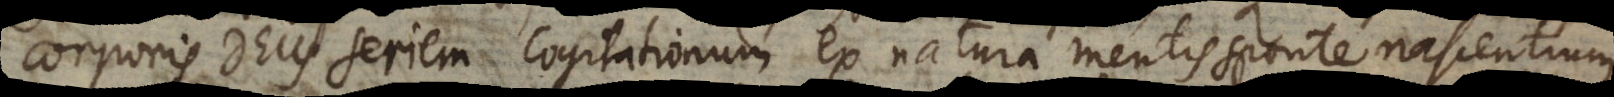
corporis Deus seriem cogitationum ex natura mentis sponte nascentium